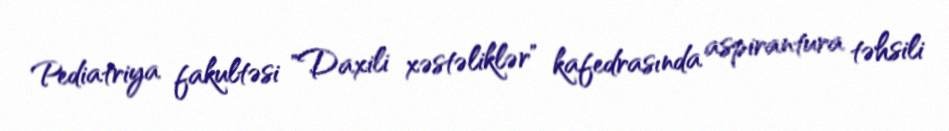
Pediatriya fakultəsi "Daxili xəstəliklər" kafedrasında aspirantura təhsili